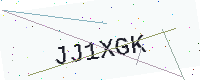
Text: JJ1XGK